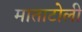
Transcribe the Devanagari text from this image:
माताटोली